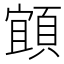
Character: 𩓧